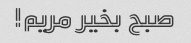
صبح بخیر مریم!